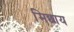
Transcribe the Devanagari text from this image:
मिछाय